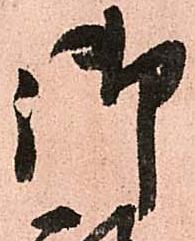
御